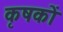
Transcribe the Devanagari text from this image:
कृषकाें